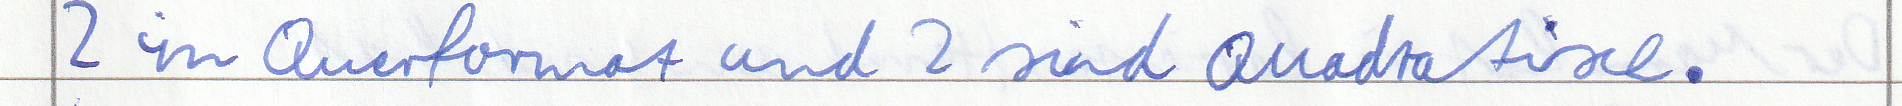
2 im Querformat und 2 sind Quadratisch.